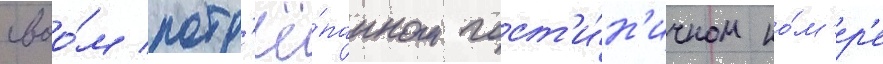
своо́м потр'ё́панном гост'и́н'ичном но́м'ер'е